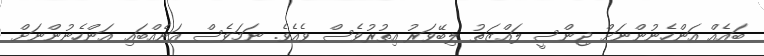
ބައެއް އަންހެނުންނަށް ޖިންސީ ލައްޒަތު ލިބޭވަރު އިތުރުވެސް ވެއެވެ. ނަމަވެސް އަނެއްބައި އަންހެނުންނަށް